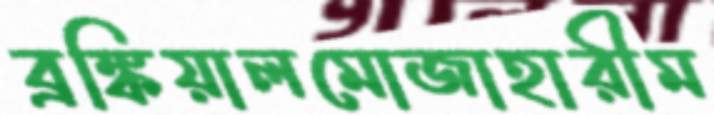
ব্রঙ্কিয়ালমোজাহারীম